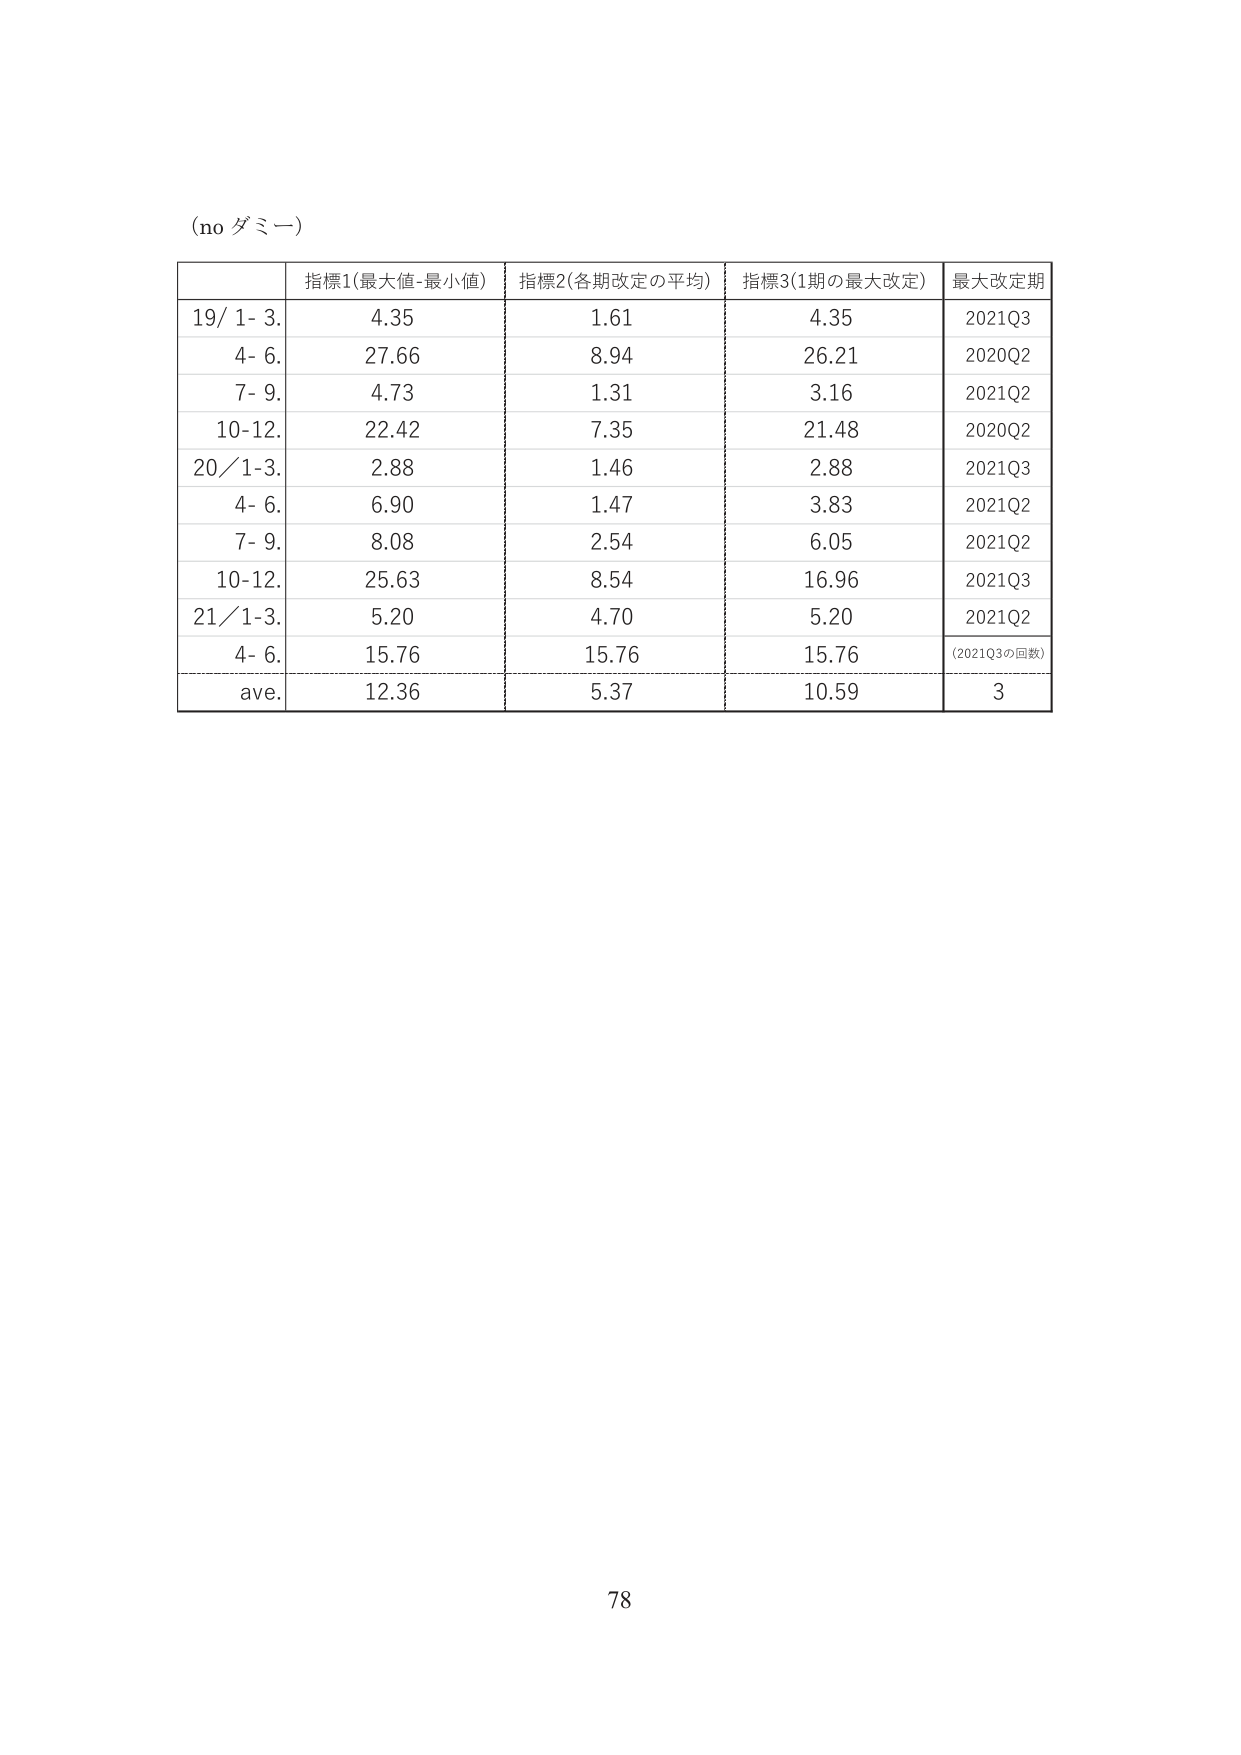
(no ダミー)

指標1(最大値-最小値) 指標2(各期改定の平均) 指標3(1期の最大改定) 最大改定期
19/ 1- 3. 4.35 1.61 4.35 2021Q3
4- 6. 27.66 8.94 26.21 2020Q2
7- 9. 4.73 1.31 3.16 2021Q2
10-12. 22.42 7.35 21.48 2020Q2
20/1-3. 2.88 1.46 2.88 2021Q3
4- 6. 6.90 1.47 3.83 2021Q2
7- 9. 8.08 2.54 6.05 2021Q2
10-12. 25.63 8.54 16.96 2021Q3
21/1-3. 5.20 4.70 5.20 2021Q2
4- 6. 15.76 15.76 15.76 (2021Q3の回数)
ave. 12.36 5.37 10.59 3

78